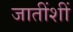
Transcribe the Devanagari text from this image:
जातींशीं